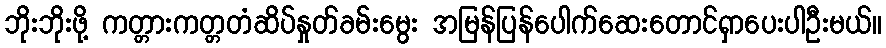
ဘိုးဘိုးဖို့ ကတ္တားကတ္တတံဆိပ်နှုတ်ခမ်းမွေး အမြန်ပြန်ပေါက်ဆေးတောင်ရှာပေးပါဦးမယ်။